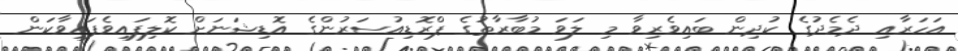
އަހަރާއި ދެމެދުގެ ކުދިން ބައިވެރިވާ މި ލަވަ މުބާރާތުގެ ޕްރޮޑިއުސަރުންގެ އޮޑިޝަނަށް ކޮލިފައިވެފައިވާކަން